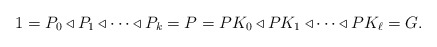
\begin{align*}1 = P_0 \triangleleft P_1 \triangleleft \cdots \triangleleft P_k = P = PK_0 \triangleleft PK_1 \triangleleft \cdots \triangleleft PK_{\ell} = G.\end{align*}